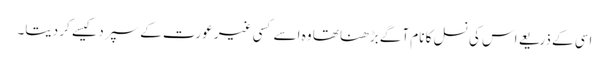
اسی کے ذریعے اس کی نسل کا نام آگے بڑھنا تھا وہ اسے کسی غیر عورت کے سپرد کیسے کر دیتا۔